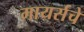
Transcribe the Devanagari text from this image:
मायर्सचे